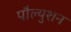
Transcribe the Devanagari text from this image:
पौल्युशन